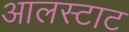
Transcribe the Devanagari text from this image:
आलस्टाट